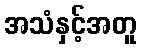
အသံနှင့်အတူ